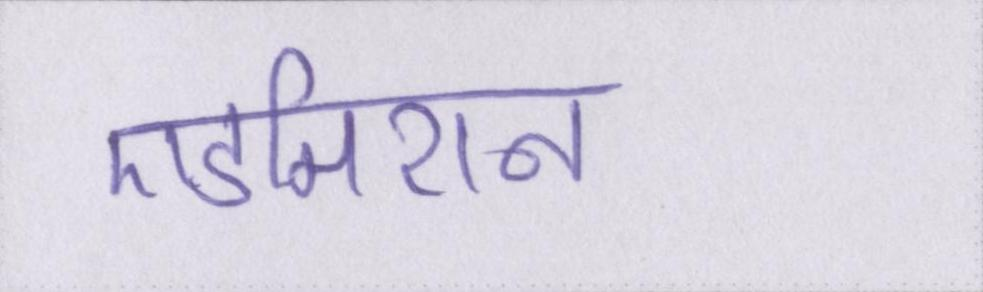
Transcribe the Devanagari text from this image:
एडमिशन